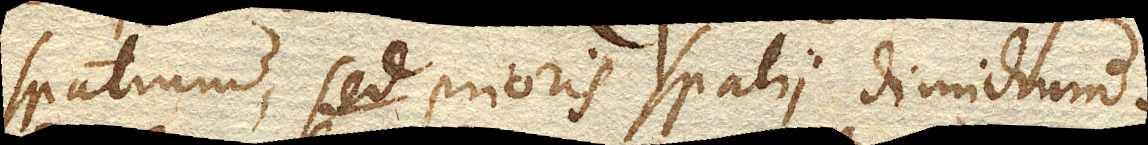
spatium, sed prioris spatii dimidium.